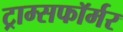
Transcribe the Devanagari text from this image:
ट्राम्सफॉर्मर